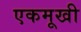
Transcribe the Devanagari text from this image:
एकमूखी